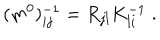
( m ^ { 0 } ) _ { i j } ^ { - 1 } = R _ { j l } K _ { l i } ^ { - 1 } \; .